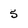
Character: 5